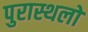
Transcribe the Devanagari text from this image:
पुरास्थलों